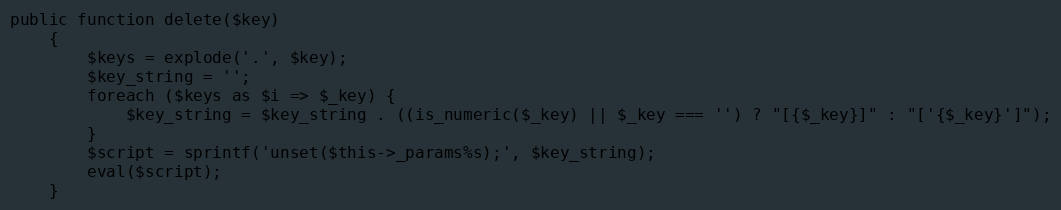
Language: PHP
public function delete($key)
    {
        $keys = explode('.', $key);
        $key_string = '';
        foreach ($keys as $i => $_key) {
            $key_string = $key_string . ((is_numeric($_key) || $_key === '') ? "[{$_key}]" : "['{$_key}']");
        }
        $script = sprintf('unset($this->_params%s);', $key_string);
        eval($script);
    }